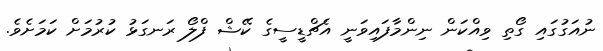
ނުއަގުގައި ގޯތި ވިއްކަން ނިންމާފައިވަނީ އެޗްޑީސީގެ ކޭޝް ފްލޯ ރަނގަޅު ކުރުމަށް ކަމަށެވެ.